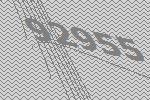
92955